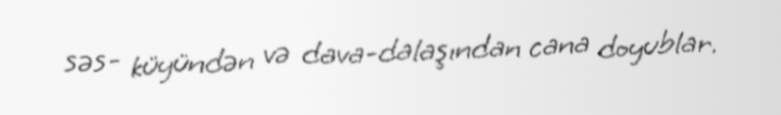
səs- küyündən və dava-dalaşından cana doyublar.